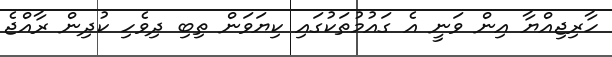
ހާރިޖިއްޔާ އިން ވަނީ އެ ގައުމުތަކުގައި ކިޔަވަން ތިބި ދިވެހި ކުދިން ރާއްޖެ